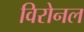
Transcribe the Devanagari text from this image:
विरोनल